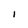
Character: 1